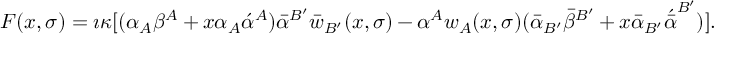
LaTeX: F ( x , \sigma ) = \i \kappa [ ( \alpha _ { A } \beta ^ { A } + x \alpha _ { A } \acute { \alpha } ^ { A } ) \bar { \alpha } ^ { B ^ { \prime } } \bar { w } _ { B ^ { \prime } } ( x , \sigma ) - \alpha ^ { A } w _ { A } ( x , \sigma ) ( \bar { \alpha } _ { B ^ { \prime } } \bar { \beta } ^ { B ^ { \prime } } + x \bar { \alpha } _ { B ^ { \prime } } \acute { \bar { \alpha } } ^ { B ^ { \prime } } ) ] .